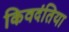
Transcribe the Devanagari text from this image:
किवदंतिया